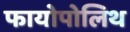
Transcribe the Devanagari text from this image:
फायोपोलिथ